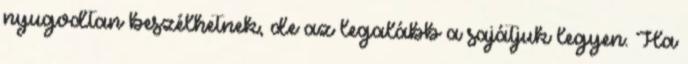
nyugodtan beszélhetnek, de az legalább a sajátjuk legyen. Ha